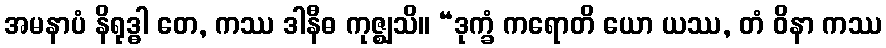
အမနာပံ နိရုဒ္ဓါ တေ, ကဿ ဒါနီဓ ကုဇ္ဈသိ။ “ဒုက္ခံ ကရောတိ ယော ယဿ, တံ ဝိနာ ကဿ